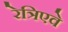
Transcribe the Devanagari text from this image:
रेत्रिएवे